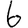
Digit: 6